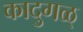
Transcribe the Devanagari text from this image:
कादुगळ्